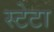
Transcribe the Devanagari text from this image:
स्टेटा